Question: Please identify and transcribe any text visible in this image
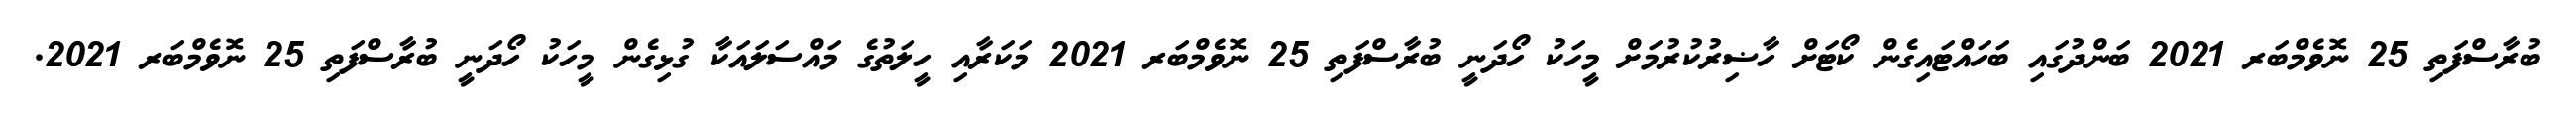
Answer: ބުރާސްފަތި 25 ނޮވެމްބަރ 2021 ބަންދުގައި ބަހައްޓައިގެން ކޯޓަށް ހާޟިރުކުރުމަށް މީހަކު ހޯދަނީ ބުރާސްފަތި 25 ނޮވެމްބަރ 2021 މަކަރާއި ހީލަތުގެ މައްސަލައަކާ ގުޅިގެން މީހަކު ހޯދަނީ ބުރާސްފަތި 25 ނޮވެމްބަރ 2021.